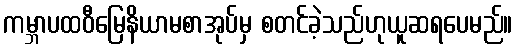
ကမ္ဘာပထဝီမြေနိယာမစာအုပ်မှ စတင်ခဲ့သည်ဟုယူဆရပေမည်။